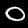
Label: 0